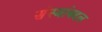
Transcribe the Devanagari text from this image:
संस्थांबद्दल